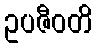
ဥပဇီဝတိ